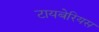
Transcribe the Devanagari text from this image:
टायबेरियस